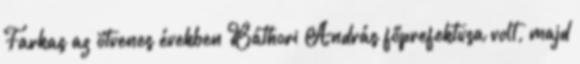
Farkas az ötvenes években Báthori András főprefektusa volt, majd